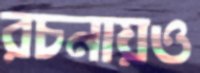
রচনায়ও